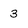
Character: 3